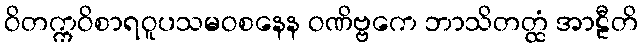
ဝိတက္ကဝိစာရဝူပသမဝစနေန ဝဏိဗ္ဗကေ ဘာသိတတ္ထံ အာဠီတိ